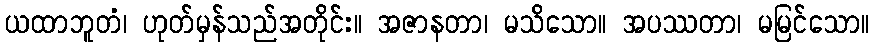
ယထာဘူတံ၊ ဟုတ်မှန်သည်အတိုင်း။ အဇာနတာ၊ မသိသော။ အပဿတာ၊ မမြင်သော။